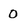
Character: O